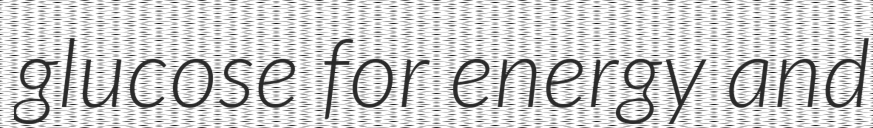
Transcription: glucose for energy and